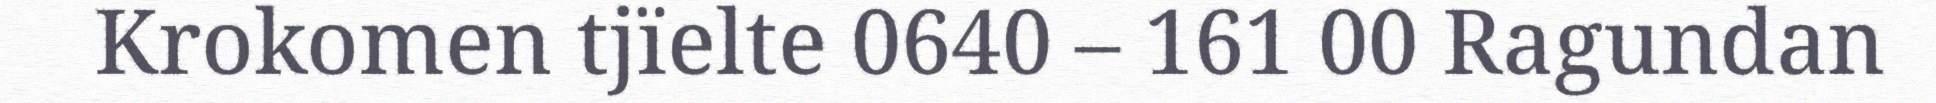
Krokomen tjïelte 0640 – 161 00 Ragundan